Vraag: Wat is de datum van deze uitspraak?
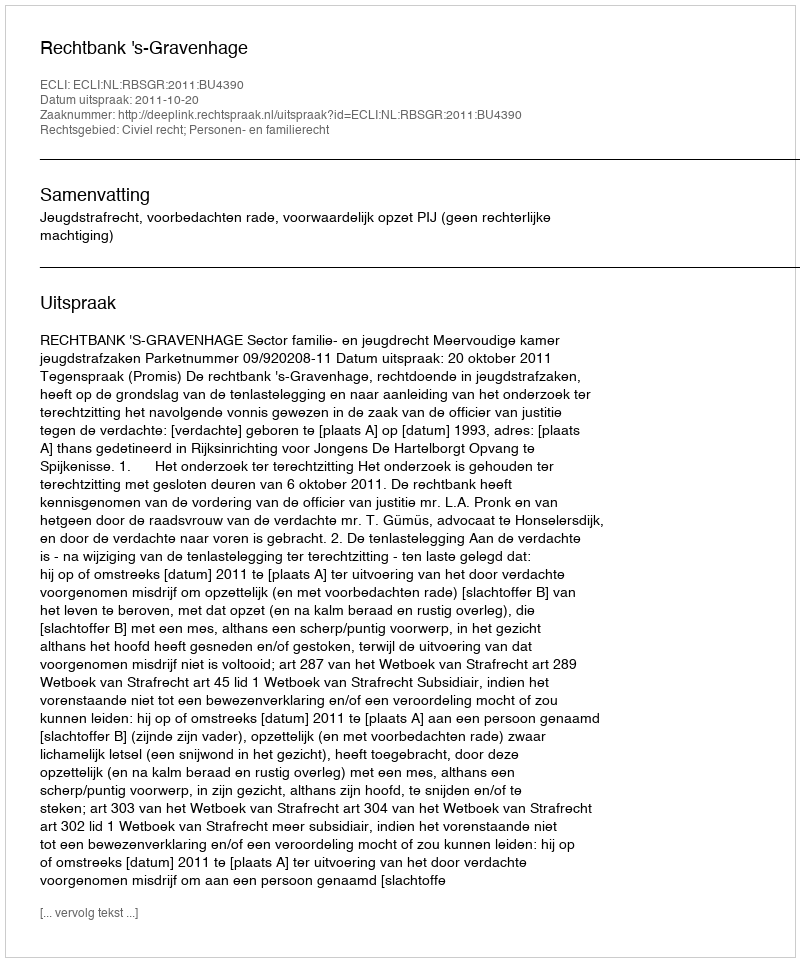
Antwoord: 2011-10-20